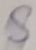
Text: S